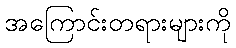
အကြောင်းတရားများကို